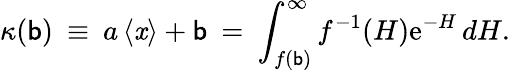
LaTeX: \kappa(\mathsf{b})\: \equiv\: a\left\langle{\mathit{x}}\right\rangle+\mathsf{b}\: =\: \int_{f(\mathsf{b})}^{\infty}f^{-1}(H)\mathrm{{e}}^{-H}\, dH.